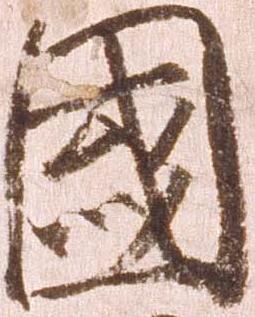
国